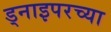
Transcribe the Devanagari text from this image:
ड्नाइपरच्या